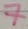
Text: 7